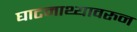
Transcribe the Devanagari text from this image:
घाटमाथ्यावरुन